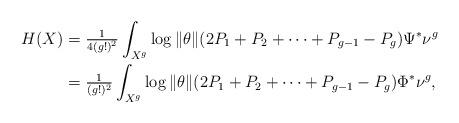
LaTeX: \begin{align*}H(X)&=\tfrac{1}{4(g!)^{2}}\int_{X^{g}}\log\|\theta\|(2P_{1}+P_{2}+\dots+P_{g-1}-P_g)\Psi^{*}\nu^{g} \\&=\tfrac{1}{(g!)^{2}}\int_{X^{g}}\log\|\theta\|(2P_{1}+P_{2}+\dots+P_{g-1}-P_{g})\Phi^{*}\nu^{g},\end{align*}